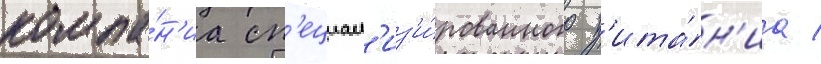
компа́н'иа сп'ециал'из'и́рованного п'ита́н'иа /